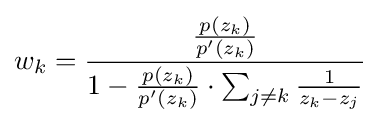
w_{k}={\frac {\frac {p(z_{k})}{p'(z_{k})}}{1-{\frac {p(z_{k})}{p'(z_{k})}}\cdot \sum _{j\neq k}{\frac {1}{z_{k}-z_{j}}}}}